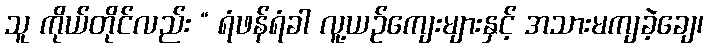
သူ ကိုယ်တိုင်လည်း “ ရံဖန်ရံခါ လူ့ယဉ်ကျေးများနှင့် အသားမကျခဲ့ချေ၊